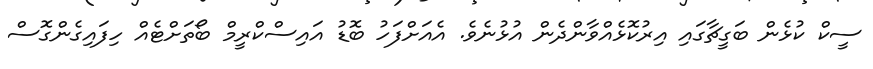
ސީކް ކުޅެން ބަގީޗާގައި އިރުކޮޅެއްވާންދެން އުޅުނެވެ. އެއަށްފަހު ބޮޑު އައިސްކްރީމް ބޯތަށްޓެއް ހިފައިގެންގޮސް